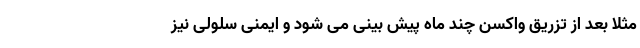
مثلا بعد از تزریق واکسن چند ماه پیش بینی می شود و ایمنی سلولی نیز